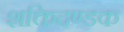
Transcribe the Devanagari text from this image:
शक्तिदण्डक